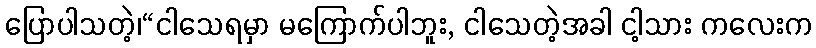
ပြောပါသတဲ့၊“ငါသေရမှာ မကြောက်ပါဘူး, ငါသေတဲ့အခါ ငါ့သား ကလေးက